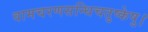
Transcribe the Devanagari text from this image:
वामचरणसन्धिचतुष्केषु।